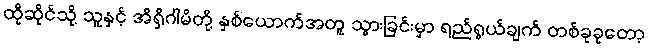
ထိုဆိုင်သို့ သူနှင့် အိရှိဂါမိတို့ နှစ်ယောက်အတူ သွားခြင်းမှာ ရည်ရွယ်ချက် တစ်ခုခုတော့